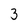
Character: 3